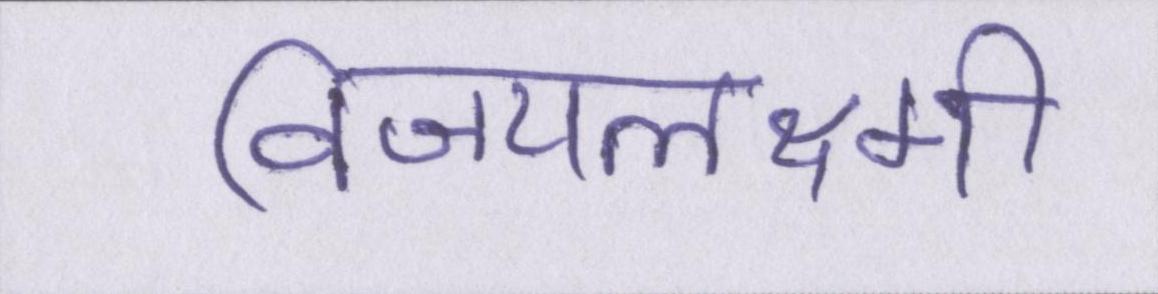
विजयलक्ष्मी